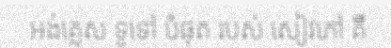
អង់គ្លេស ទូទៅ បំផុត របស់ សៀវភៅ គឺ